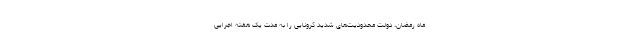
ماه رمضان، دولت محدودیت‌های شدید کرونایی را به مدت یک هفته اجرایی